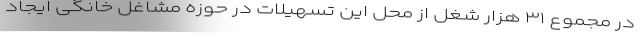
در مجموع ۳۱ هزار شغل از محل این تسهیلات در حوزه مشاغل خانگی ایجاد